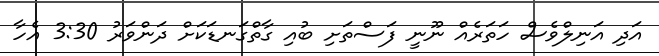
އަދި އަނިލްވެސް ހަތަރެއް ނޫނީ ފަސްތަށި ބުއި ގާތްގަނޑަކަށް ދަންވަރު 3:30 އެހާ